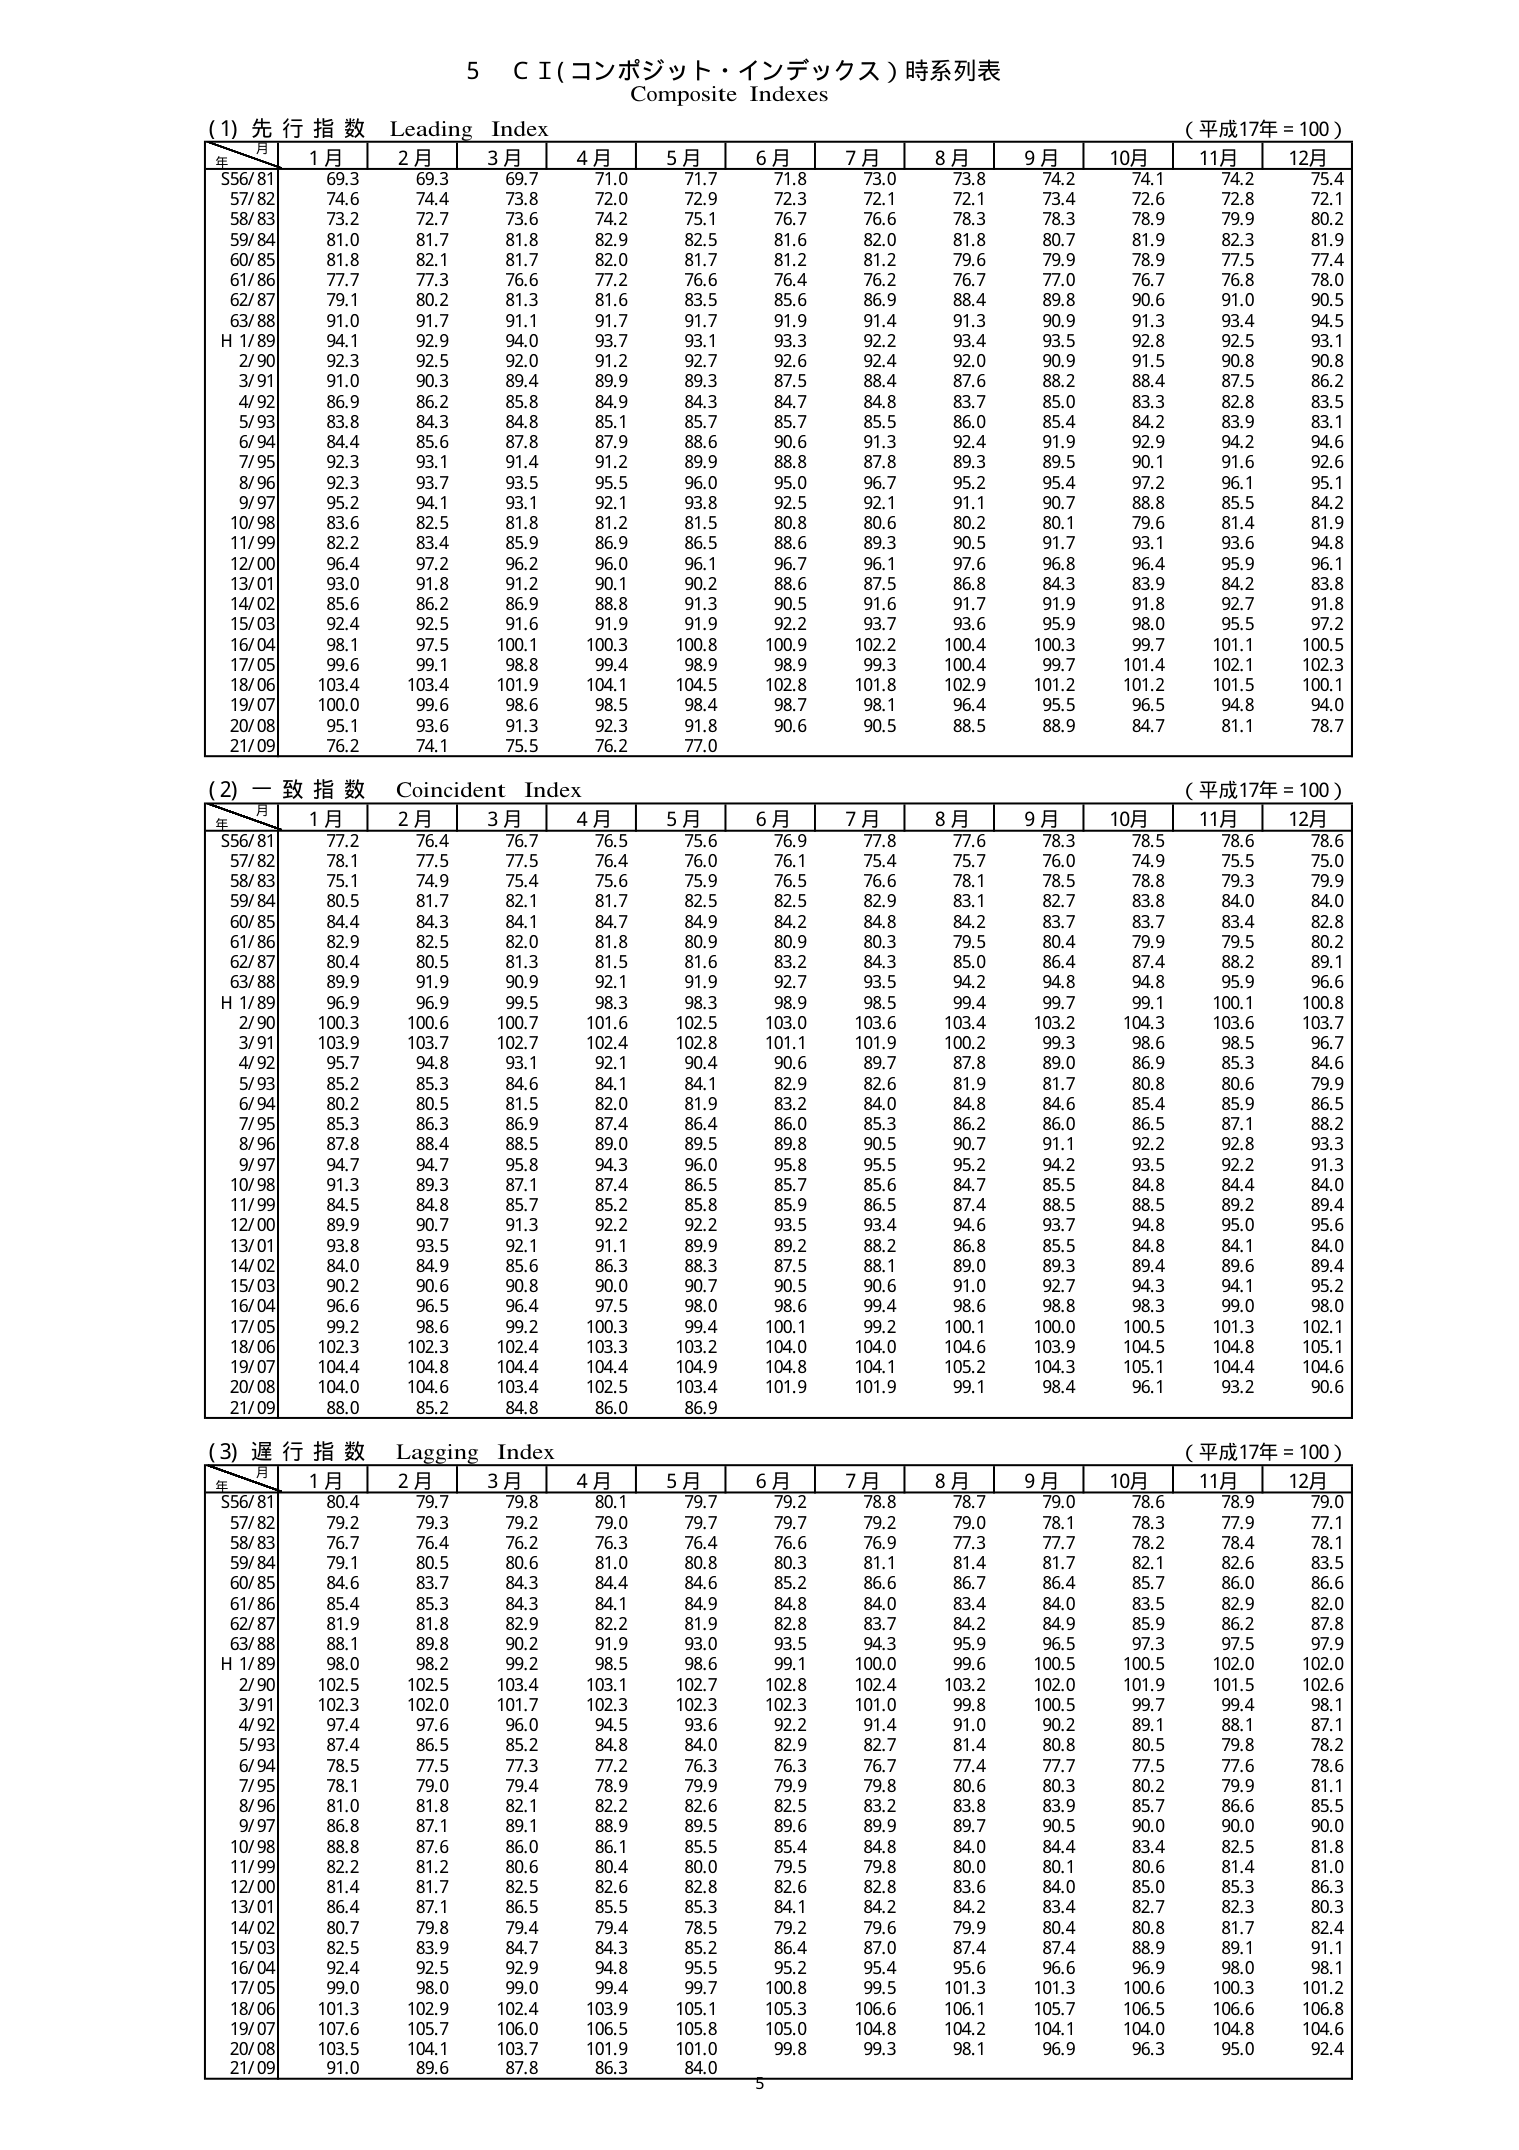
5 ＣＩ(コンポジット・インデックス)時系列表
Composite Indexes

(1) 先行指数 Leading Index
(平成17年 = 100)
年/月 1月 2月 3月 4月 5月 6月 7月 8月 9月 10月 11月 12月
55/81 69.3 69.3 69.7 71.0 71.7 71.8 73.0 73.8 74.2 74.1 74.2 75.4
57/82 74.6 74.4 73.8 72.0 72.9 72.3 72.1 72.1 73.4 72.6 72.8 72.1
58/83 73.2 72.7 73.6 74.2 75.1 76.7 76.6 78.3 78.3 78.9 79.9 80.2
59/84 81.0 81.7 81.8 82.9 82.5 81.6 82.0 81.8 80.7 81.9 82.3 81.9
60/85 81.8 82.1 81.7 82.0 81.7 81.2 81.2 79.6 79.9 78.9 77.5 77.4
61/86 77.7 77.3 76.6 77.2 76.6 76.4 76.2 76.7 77.0 76.7 76.8 78.0
62/87 79.1 80.2 81.3 81.6 83.5 85.6 86.9 88.4 89.8 90.6 91.0 90.5
63/88 91.0 91.7 91.1 91.7 91.7 91.9 91.4 91.3 90.9 91.3 93.4 94.5
H1/89 94.1 92.9 94.0 93.7 93.1 93.3 92.2 93.4 93.5 92.8 92.5 93.1
2/90 92.3 92.5 92.0 91.2 92.7 92.6 92.4 92.0 90.9 91.5 90.8 90.8
3/91 91.0 90.3 89.4 89.9 89.3 87.5 88.4 87.6 88.2 88.4 87.5 86.2
4/92 86.9 86.2 85.8 84.9 84.3 84.7 84.8 83.7 85.0 83.3 82.8 83.5
5/93 83.8 84.3 84.8 85.1 85.7 85.7 85.5 86.0 85.4 84.2 83.9 83.1
6/94 84.4 85.6 87.8 87.9 88.6 90.6 91.3 92.4 91.9 92.9 94.2 94.6
7/95 92.3 93.1 91.4 91.2 89.9 88.8 87.8 89.3 89.5 90.1 91.6 92.6
8/96 92.3 93.7 93.5 95.5 96.0 95.0 96.7 95.2 95.4 97.2 96.1 95.1
9/97 95.2 94.1 93.1 92.1 93.8 92.5 92.1 91.1 90.7 88.8 85.5 84.2
10/98 83.6 82.5 81.8 81.2 81.5 80.8 80.6 80.2 80.1 79.6 81.4 81.9
11/99 82.2 83.4 85.9 86.9 86.5 88.6 89.3 90.5 91.7 93.1 93.6 94.8
12/00 96.4 97.2 96.2 96.0 96.1 96.7 96.1 97.6 96.8 96.4 95.9 96.1
13/01 93.0 91.8 91.2 90.1 90.2 88.6 87.5 86.8 84.3 83.9 84.2 83.8
14/02 85.6 86.2 86.9 88.8 91.3 90.5 91.6 91.7 91.9 91.8 92.7 91.8
15/03 92.4 92.5 91.6 91.9 91.9 92.2 93.7 93.6 95.9 98.0 95.5 97.2
16/04 98.1 97.5 100.1 100.3 100.8 100.9 102.2 100.4 100.3 99.7 101.1 100.5
17/05 99.6 99.1 98.8 99.4 98.9 98.9 99.3 100.4 99.7 101.4 102.1 102.3
18/06 103.4 103.4 101.9 104.1 104.5 102.8 101.8 102.9 101.2 101.2 101.5 100.1
19/07 100.0 99.6 98.6 98.5 98.4 98.7 98.1 96.4 95.5 96.5 94.8 94.0
20/08 95.1 93.6 91.3 92.3 91.8 90.6 90.5 88.5 88.9 84.7 81.1 78.7
21/09 76.2 74.1 75.5 76.2 77.0

(2) 一致指数 Coincident Index
(平成17年 = 100)
年/月 1月 2月 3月 4月 5月 6月 7月 8月 9月 10月 11月 12月
55/81 77.2 76.4 76.7 76.5 75.6 76.9 77.8 77.6 78.3 78.5 78.6 78.6
57/82 78.1 77.5 77.5 76.4 76.0 76.1 75.4 75.7 76.0 74.9 75.5 75.0
58/83 75.1 74.9 75.4 75.6 75.9 76.5 76.6 78.1 78.5 78.8 79.3 79.9
59/84 80.5 81.7 82.1 81.7 82.5 82.5 82.9 83.1 82.7 83.8 84.0 84.0
60/85 84.4 84.3 84.1 84.7 84.9 84.2 84.8 84.2 83.7 83.7 83.4 82.8
61/86 82.9 82.5 82.0 81.8 80.9 80.9 80.3 79.5 80.4 79.9 79.5 80.2
62/87 80.4 80.5 81.3 81.5 81.6 83.2 84.3 85.0 86.4 87.4 88.2 89.1
63/88 89.9 91.9 90.9 92.1 91.9 92.7 93.5 94.2 94.8 94.8 95.9 96.6
H1/89 96.9 96.9 99.5 98.3 98.3 98.9 98.5 99.4 99.7 99.1 100.1 100.8
2/90 100.3 100.6 100.7 101.6 102.5 103.0 103.6 103.4 103.2 104.3 103.6 103.7
3/91 103.9 103.7 102.7 102.4 102.8 101.1 101.9 100.2 99.3 98.6 98.5 96.7
4/92 95.7 94.8 93.1 92.1 90.4 90.6 89.7 87.8 89.0 86.9 85.3 84.6
5/93 85.2 85.3 84.6 84.1 84.1 82.9 82.6 81.9 81.7 80.8 80.6 79.9
6/94 80.2 80.5 81.5 82.0 81.9 83.2 84.0 84.8 84.6 85.4 85.9 86.5
7/95 85.3 86.3 86.9 87.4 86.4 86.0 85.3 86.2 86.0 86.5 87.1 88.2
8/96 87.8 88.4 88.5 89.0 89.5 89.8 90.5 90.7 91.1 92.2 92.8 93.3
9/97 94.7 94.7 95.8 94.3 96.0 95.8 95.5 95.2 94.2 93.5 92.2 91.3
10/98 91.3 89.3 87.1 87.4 86.5 85.7 85.6 84.7 85.5 84.8 84.4 84.0
11/99 84.5 84.8 85.7 85.2 85.8 85.9 86.5 87.4 88.5 88.5 89.2 89.4
12/00 89.9 90.7 91.3 92.2 92.2 93.5 93.4 94.6 93.7 94.8 95.0 95.6
13/01 93.8 93.5 92.1 91.1 89.9 89.2 88.2 86.8 85.5 84.8 84.1 84.0
14/02 84.0 84.9 85.6 86.3 88.3 87.5 88.1 89.0 89.3 89.4 89.6 89.4
15/03 90.2 90.6 90.8 90.0 90.7 90.5 90.6 91.0 92.7 94.3 94.1 95.2
16/04 96.6 96.5 96.4 97.5 98.0 98.6 99.4 98.6 98.8 98.3 99.0 98.0
17/05 99.2 98.6 99.2 100.3 99.4 100.1 99.2 100.1 100.0 100.5 101.3 102.1
18/06 102.3 102.3 102.4 103.3 103.2 104.0 104.0 104.6 103.9 104.5 104.8 105.1
19/07 104.4 104.8 104.4 104.4 104.9 104.8 104.1 105.2 104.3 105.1 104.4 104.6
20/08 104.0 104.6 103.4 102.5 103.4 101.9 101.9 99.1 98.4 96.1 93.2 90.6
21/09 88.0 85.2 84.8 86.0 86.9

(3) 遅行指数 Lagging Index
(平成17年 = 100)
年/月 1月 2月 3月 4月 5月 6月 7月 8月 9月 10月 11月 12月
55/81 80.4 79.7 79.8 80.1 79.7 79.2 78.8 78.7 79.0 78.6 78.9 79.0
57/82 79.2 79.3 79.2 79.0 79.7 79.7 79.2 79.0 78.1 78.3 77.9 77.1
58/83 76.7 76.4 76.2 76.3 76.4 76.6 76.9 77.3 77.7 78.2 78.4 78.1
59/84 79.1 80.5 80.6 81.0 80.8 80.3 81.1 81.4 81.7 82.1 82.6 83.5
60/85 84.6 83.7 84.3 84.4 84.6 85.2 86.6 86.7 86.4 85.7 86.0 86.6
61/86 85.4 85.3 84.3 84.1 84.9 84.8 84.0 83.4 84.0 83.5 82.9 82.0
62/87 81.9 81.8 82.9 82.2 81.9 82.8 83.7 84.2 84.9 85.9 86.2 87.8
63/88 88.1 89.8 90.2 91.9 93.0 93.5 94.3 95.9 96.5 97.3 97.5 97.9
H1/89 98.0 98.2 99.2 98.5 98.6 99.1 100.0 99.6 100.5 100.5 102.0 102.0
2/90 102.5 102.5 103.4 103.1 102.7 102.8 102.4 103.2 102.0 101.9 101.5 102.6
3/91 102.3 102.0 101.7 102.3 102.3 102.3 101.0 99.8 100.5 99.7 99.4 98.1
4/92 97.4 97.6 96.0 94.5 93.6 92.2 91.4 91.0 90.2 89.1 88.1 87.1
5/93 87.4 86.5 85.2 84.8 84.0 82.9 82.7 81.4 80.8 80.5 79.8 78.2
6/94 78.5 77.5 77.3 77.2 76.3 76.3 76.7 77.4 77.7 77.5 77.6 78.6
7/95 78.1 79.0 79.4 78.9 79.9 79.9 79.8 80.6 80.3 80.2 79.9 81.1
8/96 81.0 81.8 82.1 82.2 82.6 82.5 83.2 83.8 83.9 85.7 86.6 85.5
9/97 86.8 87.1 89.1 88.9 89.5 89.6 89.9 89.7 90.5 90.0 90.0 90.0
10/98 88.8 87.6 86.0 86.1 85.5 85.4 84.8 84.0 84.4 83.4 82.5 81.8
11/99 82.2 81.2 80.6 80.4 80.0 79.5 79.8 80.0 80.1 80.6 81.4 81.0
12/00 81.4 81.7 82.5 82.6 82.8 82.6 82.8 83.6 84.0 85.0 85.3 86.3
13/01 86.4 87.1 86.5 85.5 85.3 84.1 84.2 84.2 83.4 82.7 82.3 80.3
14/02 80.7 79.8 79.4 79.4 78.5 79.2 79.6 79.9 80.4 80.8 81.7 82.4
15/03 82.5 83.9 84.7 84.3 85.2 86.4 87.0 87.4 87.4 88.9 89.1 91.1
16/04 92.4 92.5 92.9 94.8 95.5 95.2 95.4 95.6 96.6 96.9 98.0 98.1
17/05 99.0 98.0 99.0 99.4 99.7 100.8 99.5 101.3 101.3 100.6 100.3 101.2
18/06 101.3 102.9 102.4 103.9 105.1 105.3 106.6 106.1 105.7 106.5 106.6 106.8
19/07 107.6 105.7 106.0 106.5 105.8 105.0 104.8 104.2 104.1 104.0 104.8 104.6
20/08 103.5 104.1 103.7 101.9 101.0 99.8 99.3 98.1 96.9 96.3 95.0 92.4
21/09 91.0 89.6 87.8 86.3 84.0

5